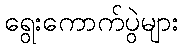
ရွေးကောက်ပွဲများ